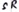
Text: SR